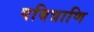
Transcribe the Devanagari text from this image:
पवित्राणि